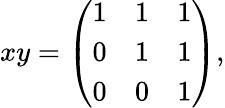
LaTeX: xy={\left(\begin{array}{lll}{1}&{1}&{1}\\ {0}&{1}&{1}\\ {0}&{0}&{1}\end{array}\right)},